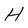
Character: H